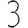
Digit: 3